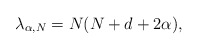
\begin{align*}\lambda_{\alpha,N} = N(N+d+2\alpha),\end{align*}